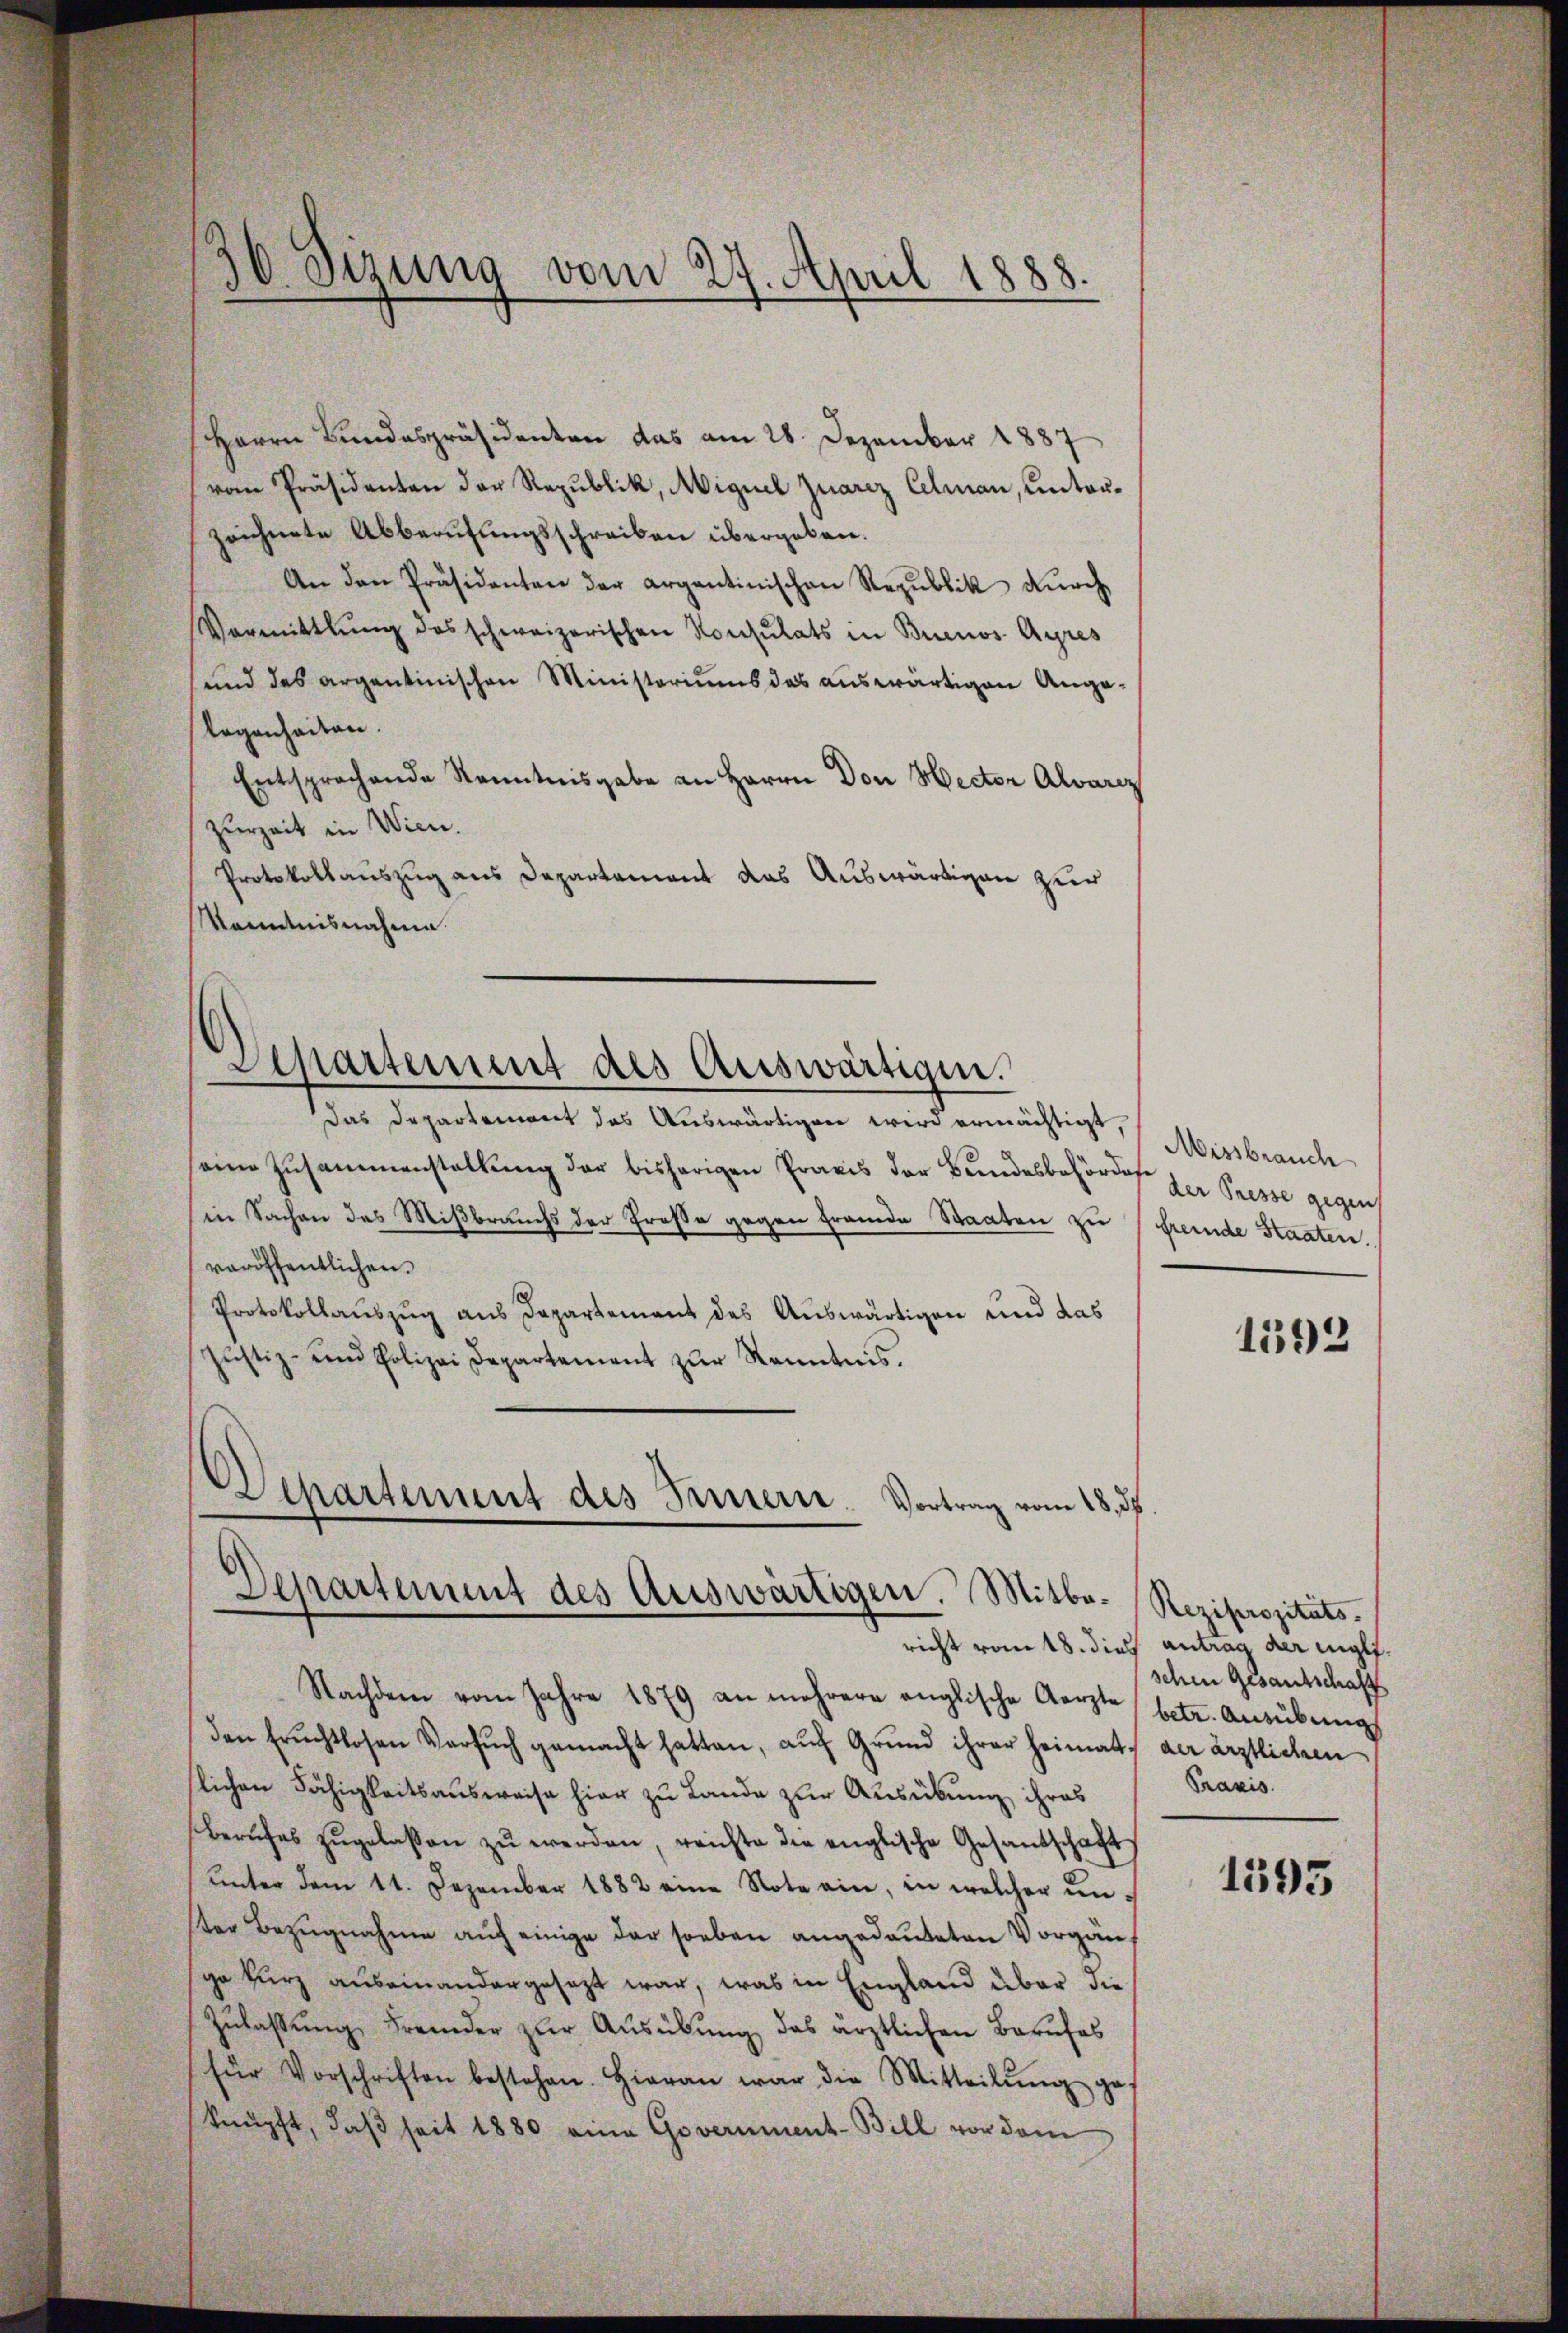
30. Sizung
vom 27. April 1888.

Herrn Bundespräsidenten das am 28. Dezember 1887
vom Präsidenten der Republik, Miguel quarez Celman, unterzeichnete Abberufungsschreiben übergeben.
An den Präsidenten der argantinischen Republik dŭrch
Vermittlung des schweizerischen Konsulats in Buenos Ayres
und des argentinischen Ministoriums das auswärtigen Anga¬
Regenheiten.
Entsprachende Kenntnisgabe an Herrn Don Hector Alvarcz
zurzeit in Wien.
Protokollauszug aus Departement das Auswärtigen zur
Manntnisnahme.
Departement des Auswärtigen.
Das Departement das Auswärtigen wird ermächtigt,
eine Zusammenstellung der bisherigen Praxis der Bundesbehörde der Presse gegenh
in Sachen des Mißbrauchs der Grosse gegen fremde Staaten zu fremde Staaten.
veröffentlichen.
Protokollauszug aus Departement des Auswärtigen und das
Justiz- und Polizei Departement zŭr Kenntnis.
Dchartement des Innern. Vortrag vom 18. ds

Departement des Auswärtigen. Mitbe- Reziprozitäts¬

Missbrauch

Nachdem vom Jahre 1879 an mehrere anglische Aerzte betr. Aŭsübŭng
den Erichtlosen Versŭch gemacht hatten, aŭf Grund ihrer Heimat der ärztlichen
slichen Fähigkeitsausweise hier zu Lande zur Ausübung ihres
Berufes zŭgelaßen zŭ werden, reichte die englische Gesantschaft
ŭnter dem 11. Dezember 1882 eine Note ein, in welcher unster Bezugnahme auf einige der soeben angedeuteten Vorgänge kurz auseinandergesezt war, was in England über die
Zŭlassŭng Fremder zŭr Aŭsübŭng das ärztlichen Berufes
für Vorschriften bestehen. Hieran war die Mitteilŭng ge
knüpft, daβ seit 1880 eine Goveriment-Bill vor dem

1592

richt vom 18. dies Antrag der englischen Gesandschaft
Praxis.

1395